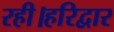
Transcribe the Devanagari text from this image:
रही।हरिद्वार